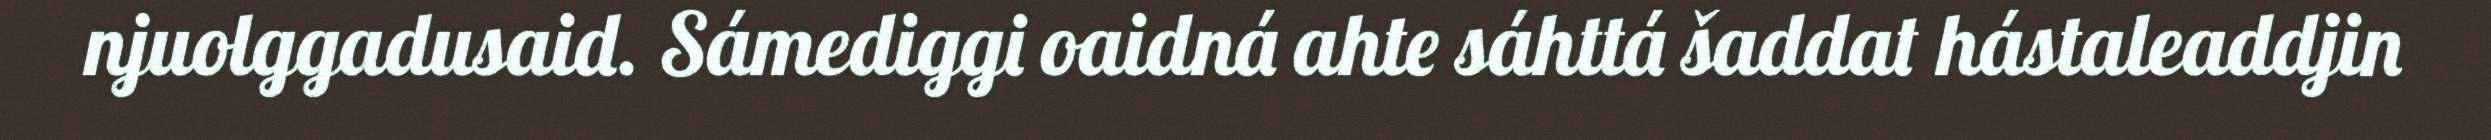
njuolggadusaid. Sámediggi oaidná ahte sáhttá šaddat hástaleaddjin